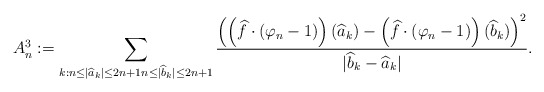
\begin{align*}A^3_n:=\sum_{k: n\leq |\widehat{a}_k|\leq 2n+1n\leq |\widehat{b}_k|\leq 2n+1}\frac{\left(\left(\widehat{f}\cdot(\varphi_n-1)\right)(\widehat{a}_k)-\left(\widehat{f}\cdot(\varphi_n-1)\right)(\widehat{b}_k)\right)^2}{|\widehat{b}_k-\widehat{a}_k|}. \end{align*}